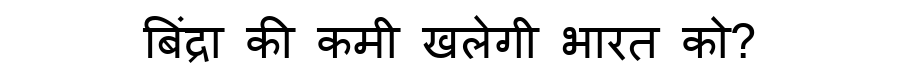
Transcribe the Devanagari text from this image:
बिंद्रा की कमी खलेगी भारत को?